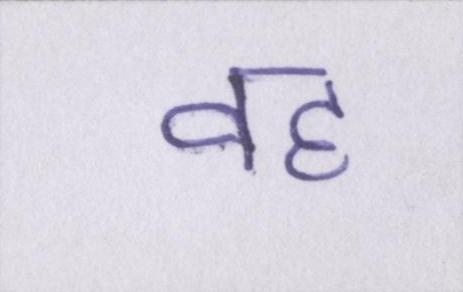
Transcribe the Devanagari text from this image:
वह